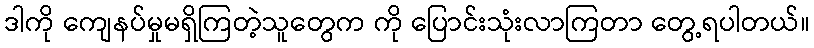
ဒါကို ကျေနပ်မှုမရှိကြတဲ့သူတွေက ကို ပြောင်းသုံးလာကြတာ တွေ့ရပါတယ်။